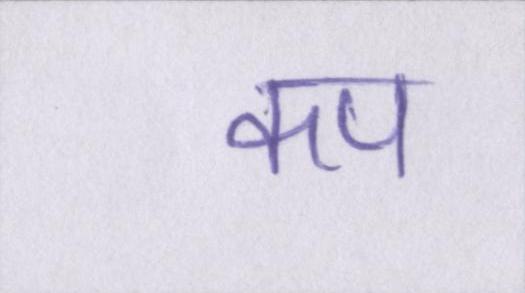
कप